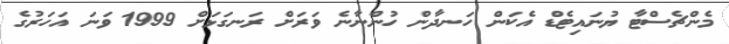
މެންޗެސްޓާ ޔުނައިޓެޑް އެކަން ހަނދާން ހުންނާނެ ވަރަށް ރަނގަޅަށް 1999 ވަނަ އަހަރުގެ